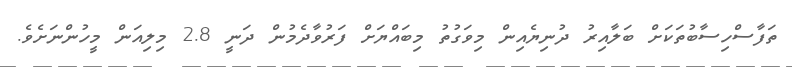
ތަފާސްހިސާބުތަކަށް ބަލާއިރު ދުނިޔެއިން މިވަގުތު މިބައްޔަށް ފަރުވާދެމުން ދަނީ 2.8 މިލިއަން މީހުންނަށެވެ.